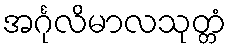
အင်္ဂုလိမာလသုတ္တံ